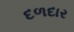
દળદાર